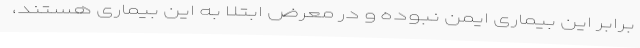
برابر این بیماری ایمن نبوده و در معرض ابتلا به این بیماری هستند،